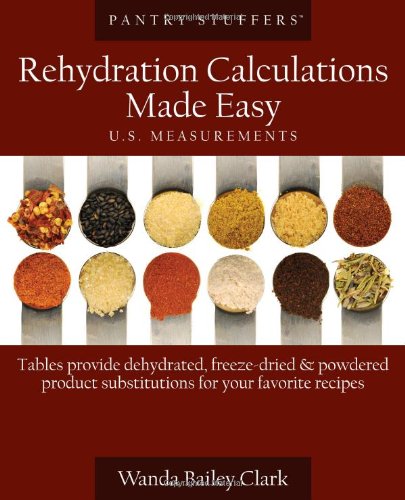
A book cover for Pantry Stuffers Rehydration Calculations Made Easy: U.S. Measurements / Pantry Stuffers Rehydration Calculations Made Easy: Metric Measurements; Wanda Bailey Clark; Cookbooks, Food & Wine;